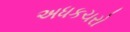
અધકચરો